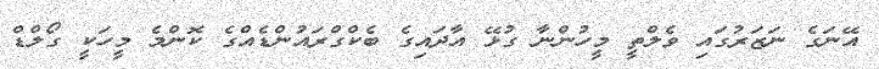
އޭނަގެ ނަޒަރުގައި ވެލްތީ މީހުންނާ ގުޅޭ އާދައިގެ ބެކްގްރައުންޑެއްގެ ކޮންމެ މީހަކީ ގޯލްޑް